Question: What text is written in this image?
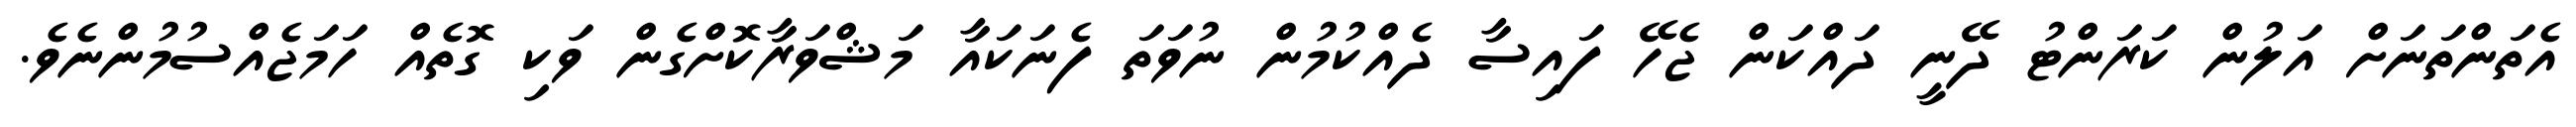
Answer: އެތަންތަނަށް އަލުން ކަރަންޓު ދޭނީ ދައްކަން ޖެހޭ ފައިސާ ދެއްކުމުން ނުވަތަ ފެނަކައާ މަޝްވަރާކޮށްގެން ވަކި ގޮތެއް ހަމަޖެއްސުމުންނެވެ.